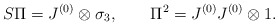
\begin{align*}S\Pi = J^{(0)}\otimes\sigma_3, \qquad\Pi^2 = J^{(0)}J^{(0)}\otimes 1.\end{align*}